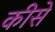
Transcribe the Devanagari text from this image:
कीसे